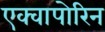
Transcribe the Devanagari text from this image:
एक्वापोरिन